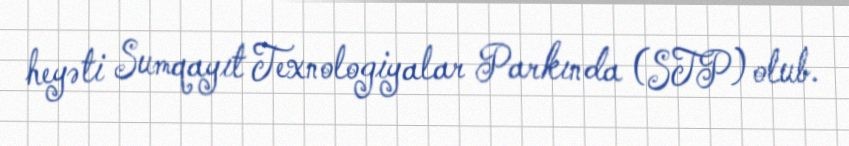
heyəti Sumqayıt Texnologiyalar Parkında (STP) olub.